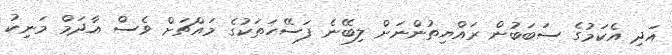
އަދި އެކަމުގެ ސަބަބުން ރައްޔިތުންނަށް ލިބޭނެ ފަސޭހަތަކުގެ މައްޗަށް ވެސް އާދަމް މަނިކު